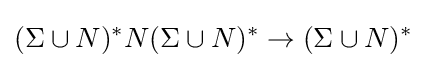
(\Sigma \cup N)^{*}N(\Sigma \cup N)^{*}\rightarrow (\Sigma \cup N)^{*}